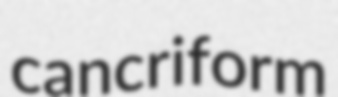
cancriform